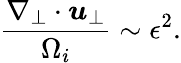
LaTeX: \frac{\nabla_{\perp}\cdot\boldsymbol{u}_{\perp}}{\Omega_{i}}\sim\epsilon^{2}.